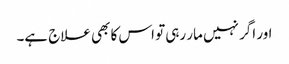
اور اگر نہیں مار رہی تو اس کا بھی علاج ہے۔